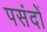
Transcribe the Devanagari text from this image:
पसंदों